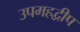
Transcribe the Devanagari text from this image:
उपमहद्वीप